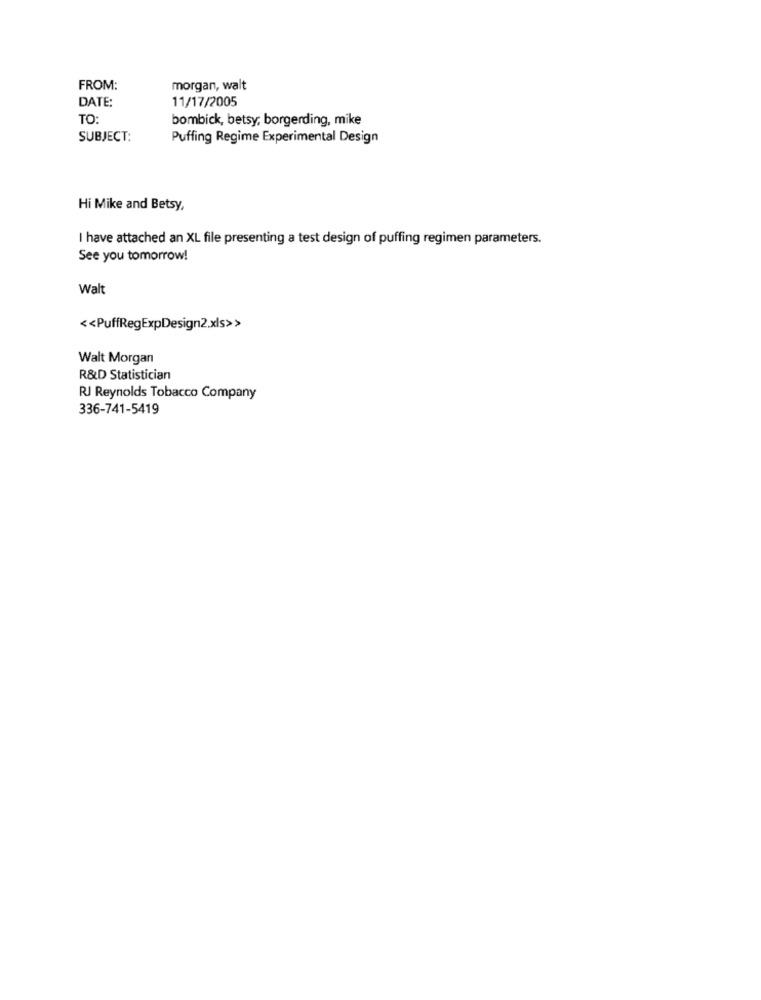
FROM:
morgan, walt
DATE:
11/17/2005
TO:
bombick, betsy, borgerding, mike
SUBJECT:
Puffing Regime Experimental Design
Hi Mike and Betsy,
I have attached an XL file presenting a test design of puffing regimen parameters.
See you tomorrow!
Walt
<< PuffRegExpDesign2.xls>>
Walt Morgan
R&D Statistician
RJ Reynolds Tobacco Company
336-741-5419